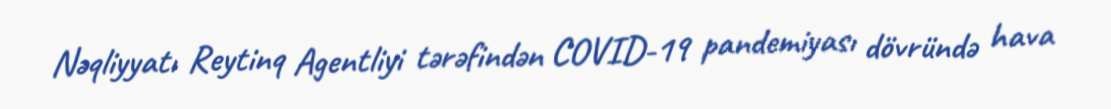
Nəqliyyatı Reytinq Agentliyi tərəfindən COVID-19 pandemiyası dövründə hava